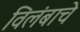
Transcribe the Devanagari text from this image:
विलंबाचे